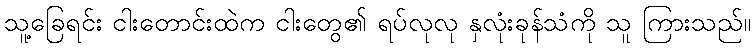
သူ့ခြေရင်း ငါးတောင်းထဲက ငါးတွေ၏ ရပ်လုလု နှလုံးခုန်သံကို သူ ကြားသည်။